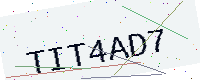
Text: TIT4AD7